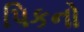
પિકનો